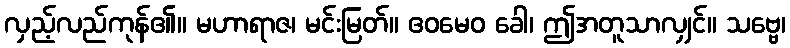
လှည့်လည်ကုန်၏။ မဟာရာဇ၊ မင်းမြတ်။ ဧဝမေဝ ခေါ၊ ဤအတူသာလျှင်။ သဗ္ဗေ၊